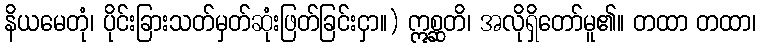
နိယမေတုံ၊ ပိုင်းခြားသတ်မှတ်ဆုံးဖြတ်ခြင်းငှာ။) ဣစ္ဆတိ၊ အလိုရှိတော်မူ၏။ တထာ တထာ၊